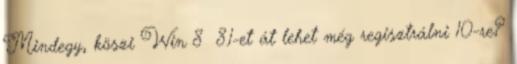
Mindegy, köszi Win 8 8.1-et át lehet még regisztrálni 10-re?